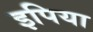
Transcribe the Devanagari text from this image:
इपिया